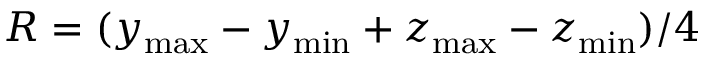
R = ( y _ { \operatorname* { m a x } } - y _ { \operatorname* { m i n } } + z _ { \operatorname* { m a x } } - z _ { \operatorname* { m i n } } ) / 4